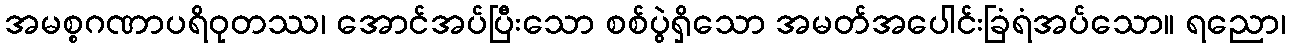
အမစ္စဂဏာပရိဝုတဿ၊ အောင်အပ်ပြီးသော စစ်ပွဲရှိသော အမတ်အပေါင်းခြံရံအပ်သော။ ရညော၊